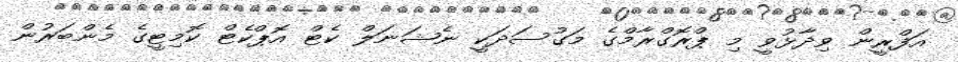
އަފްރީން ވިދާޅުވީ މި ޕްރޮގްރާމްގެ މަގުސަދަކީ ނެޝަނަލް ކެޓް އޮޮޕްކެޓް ކޮމިޓީގެ މެންބަރުން